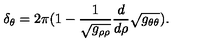
\delta _ { \theta } = 2 \pi ( 1 - \frac { 1 } { \sqrt { g _ { \rho \rho } } } \frac { d } { d \rho } \sqrt { g _ { \theta \theta } } ) .